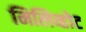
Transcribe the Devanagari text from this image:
मिलिव्होट